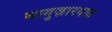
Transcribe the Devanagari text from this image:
नागुज़ारदात